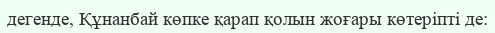
дегенде, Құнанбай көпке қарап қолын жоғары көтеріпті де: